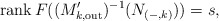
\begin{align*}\operatorname{rank}{F((M_{k,\mathrm{out}}')^{-1}(N_{(-,k)}))} = s,\end{align*}